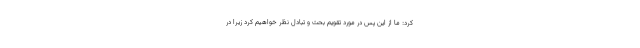
کرد: ما از این پس در مورد تقویم بحث و تبادل نظر خواهیم کرد زیرا در